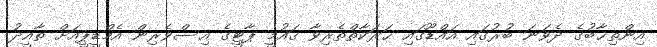
އިންތިޚާބުގެ ދެވަނަ ބުރުގައި އައްޑޫގައި ޙަރަކާތްތެރިވާ ޤައުމީ ޕާޓީގެ އިސްވެރިން އެމްޑީޕީއަށް ތާއީދު